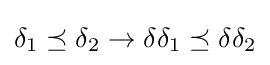
\delta _{1}\preceq \delta _{2}\rightarrow \delta \delta _{1}\preceq \delta \delta _{2}